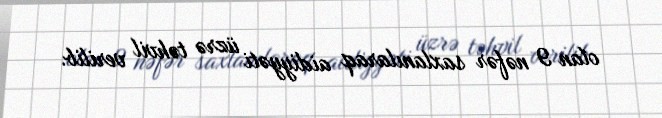
olan 9 nəfər saxlanılaraq aidiyyəti üzrə təhvil verilib.